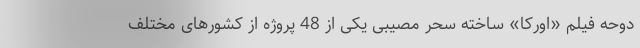
دوحه فیلم «اورکا» ساخته سحر مصیبی یکی از 48 پروژه از کشورهای مختلف